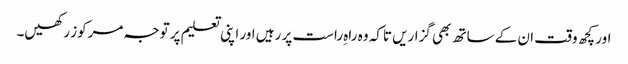
اور کچھ وقت ان کے ساتھ بھی گزاریں تاکہ وہ راہ ِراست پر رہیں اور اپنی تعلیم پر توجہ مرکوز رکھیں۔